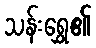
သန်းရွှေ၏